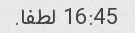
16:45 لطفا.